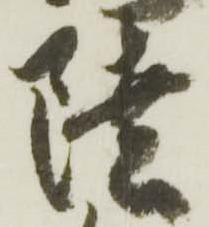
陸